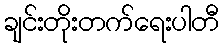
ချင်းတိုးတက်ရေးပါတီ